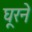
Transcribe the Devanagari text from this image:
घूरने